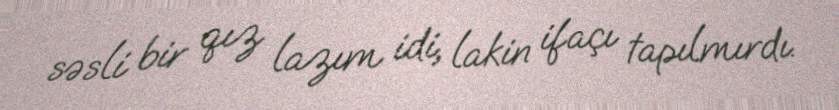
səsli bir qız lazım idi, lakin ifaçı tapılmırdı.